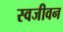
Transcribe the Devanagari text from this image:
स्वजीवन